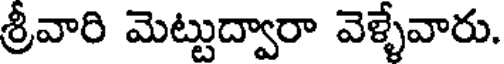
శ్రీవారి మెట్టుద్వారా వెళ్ళేవారు.